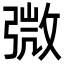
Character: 𢐍